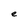
Character: e